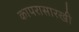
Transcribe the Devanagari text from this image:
कापरासारखी